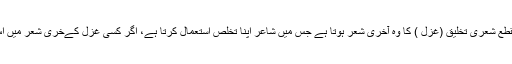
لغت میں مقطع کے معنی میں قطع کرنا ، توڑ دینا ، کاٹ دینا یا ختم کر دینا ہے مقطع شعری تخلیق (غزل ) کا وہ آخری شعر ہوتا ہے جس میں شاعر اپنا تخلص استعمال کرتا ہے، اگر کسی غزل کےٓخری شعر میں اِس بات کا التزام نہ کیا جائے تو وہ مقطع نہیں بلکہ غزل کا آخری شعر کہلائے گا ۔